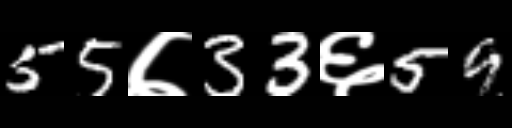
Text: 55७33६59